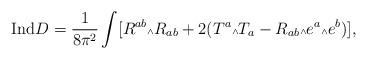
LaTeX: \begin{align*}{\mbox {Ind}} D = \frac{1}{8\pi^2} \int [R^{ab} \mbox{\tiny $\wedge$} R_{ab} + 2 (T^a \mbox{\tiny $\wedge$} T_a - R_{ab} \mbox{\tiny $\wedge$} e^a \mbox{\tiny $\wedge$} e^b)],\end{align*}